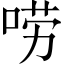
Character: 唠